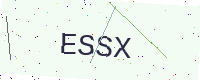
Text: ESSX